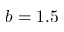
b = 1 . 5